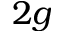
2 g